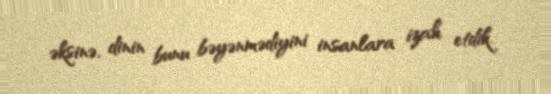
əksinə, dinin bunu bəyənmədiyini insanlara izah etdik.